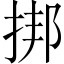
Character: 挷